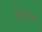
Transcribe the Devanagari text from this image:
सेन्वास